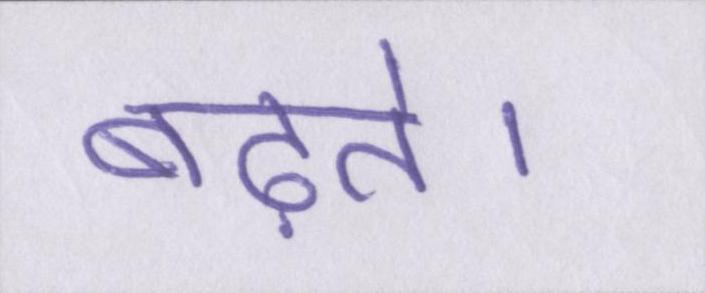
बढ़ते।